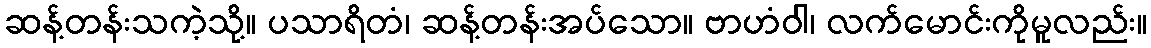
ဆန့်တန်းသကဲ့သို့။ ပသာရိတံ၊ ဆန့်တန်းအပ်သော။ ဗာဟံဝါ၊ လက်မောင်းကိုမူလည်း။